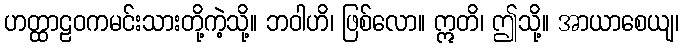
ဟတ္ထာဠဝကမင်းသားတို့ကဲ့သို့။ ဘဝါဟိ၊ ဖြစ်လော။ ဣတိ၊ ဤသို့။ အာယာစေယျ၊